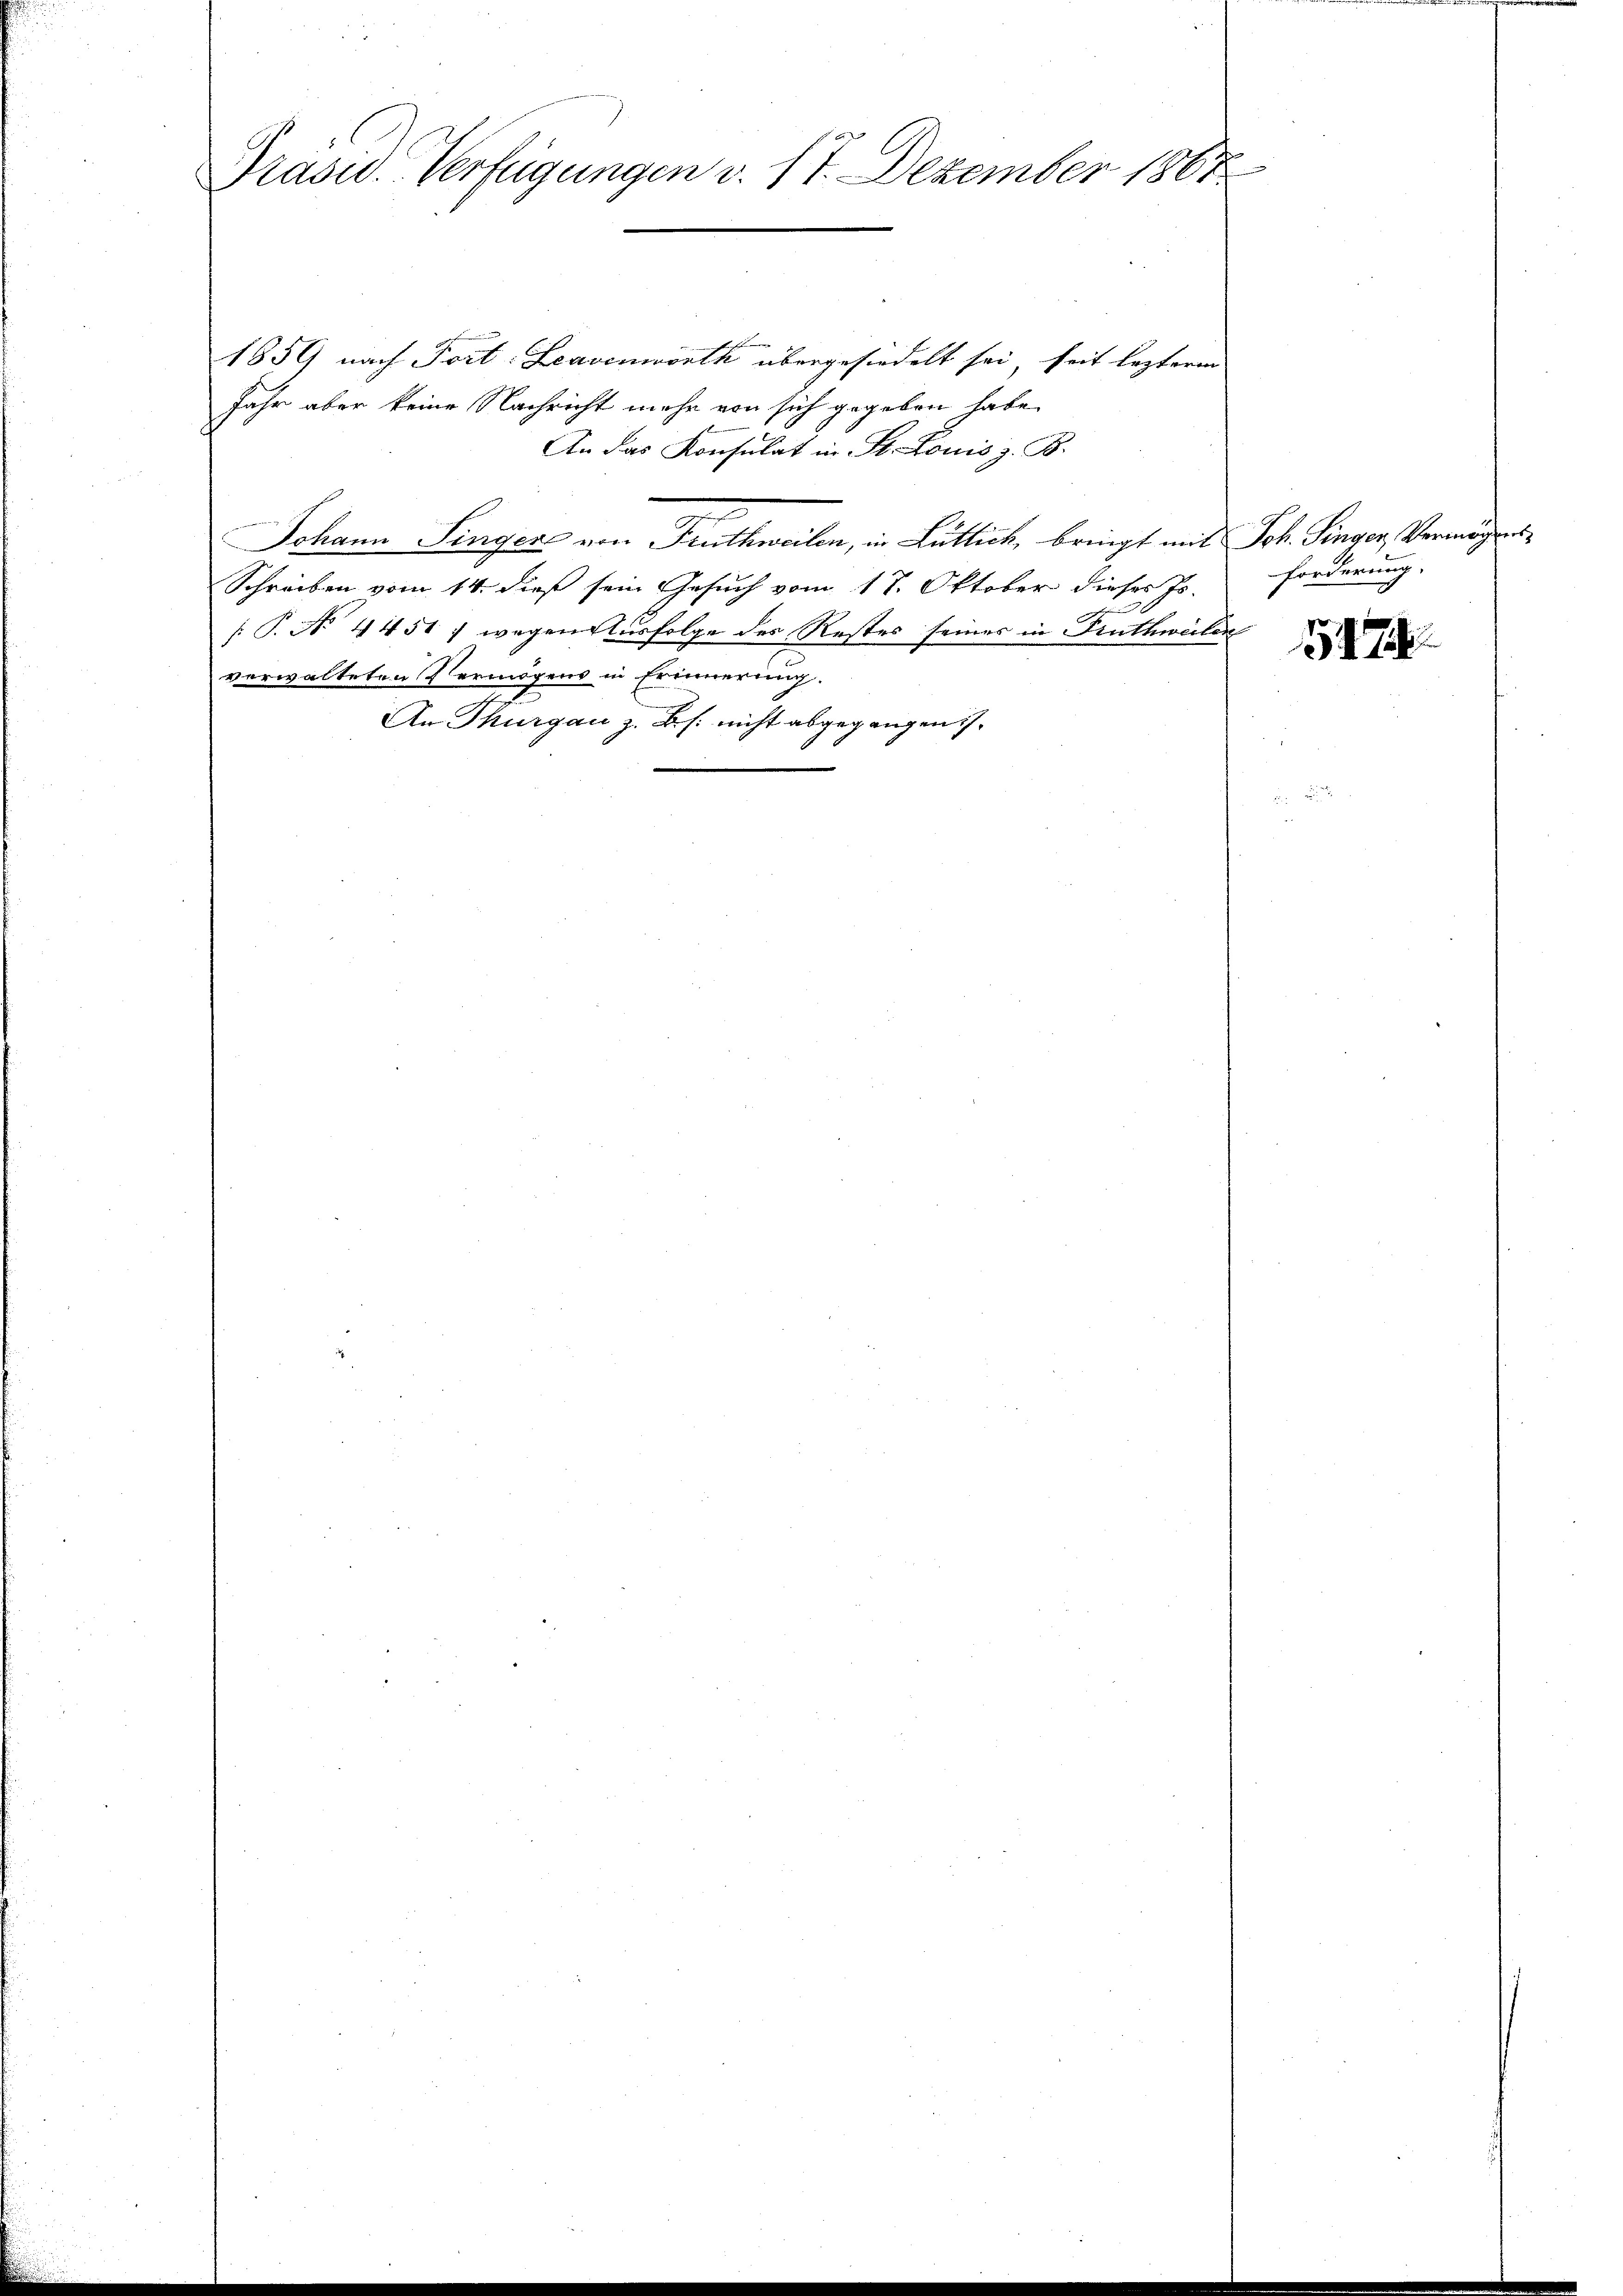
Präsid. Verfügungen v. 17. Dezember 1867

1859 nach Fort: Leavenworth übergesiedelt sei, seit lezteren
Jahr aber keine Nachricht mehr von sich gegeben habe,
An das Konsulat in St. Louis z. B.
Johann Singers von Fruthweilen, in Lütlich, bringt mit Joh. Singer, Vermögens¬
Schreiben vom 14. dieß sein Gesuch vom 17. Oktober dieses Is.
 P. No 4451 , wegen Ausfolge des Restes seines in Fruthweilen
verwalteten Vermögens in Erinnerung.
An Thurgau z. B. s. nicht abgegangen.

forderung.

5474